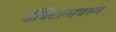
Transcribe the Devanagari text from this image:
डॅक्टिल्सवरुन